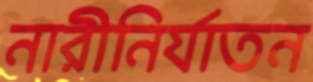
নারীনির্যাতন